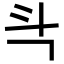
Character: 㪲